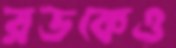
রডকেও